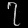
Digit: ၇